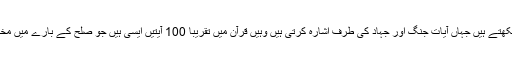
لیکن ہم دیکھتے ہیں جہاں آیات جنگ اور جہاد کی طرف اشارہ کرتی ہیں وہیں قرآن میں تقریبا 100 آیتیں ایسی ہیں جو صلح کے بارے میں مخاطب ہیں ۔